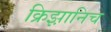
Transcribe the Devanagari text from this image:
क्रिझ़ानिच